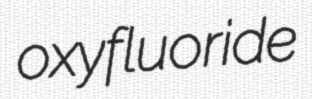
oxyfluoride